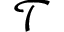
\mathcal { T }